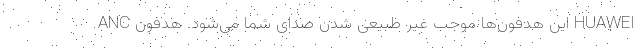
ANC این هدفون‌ها موجب غیر طبیعی شدن صدای شما می‌شود. هدفون HUAWEI